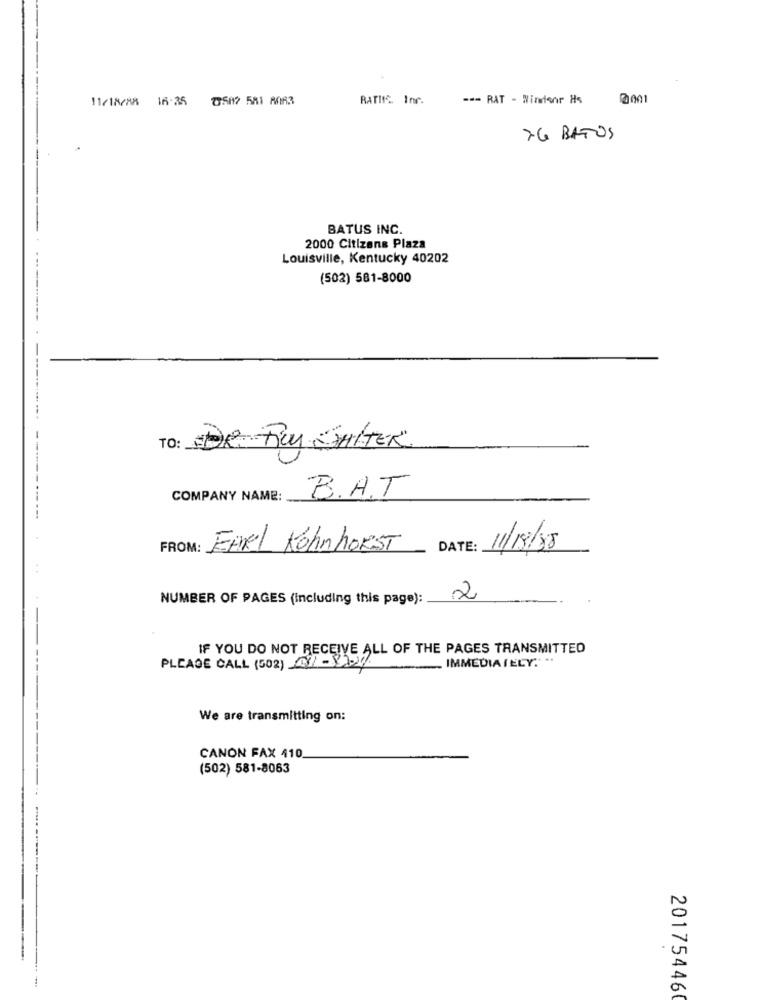
11/18/88 16:35 0507 581 8063
RATIC. Inr.
--- RAT - Windsor Hs
76 BATOS
BATUS INC.
2000 Citizens Plaza
Louisville, Kentucky 40202
....
(502) 581-8000
TO: DE RUM SALTER
COMPANY NAME:
B.A.T
FROM:
EARL KohnhoEST
DATE:
11/18/58
NUMBER OF PAGES (including this page):
2
IF YOU DO NOT RECEIVE ALL OF THE PAGES TRANSMITTED
IMMEDIATELY .. ..
We are transmitting on:
CANON FAX 410
(502) 581-8063
.
201754460